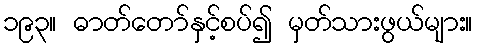
၁၉၃။ ဓာတ်တော်နှင့်စပ်၍ မှတ်သားဖွယ်များ။